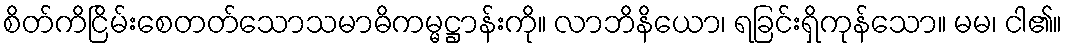
စိတ်ကိငြိမ်းစေတတ်သောသမာဓိကမ္မဋ္ဌာန်းကို။ လာဘိနိယော၊ ရခြင်းရှိကုန်သော။ မမ၊ ငါ၏။